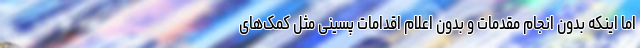
اما اینکه بدون انجام مقدمات و بدون اعلام اقدامات پسینی مثل کمک‌های